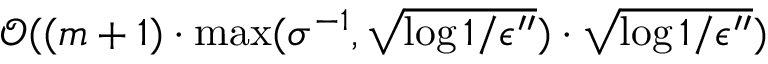
\mathcal { O } ( ( m + 1 ) \cdot \operatorname* { m a x } ( \sigma ^ { - 1 } , \sqrt { \log { 1 / \epsilon ^ { \prime \prime } } } ) \cdot \sqrt { \log { 1 / \epsilon ^ { \prime \prime } } } )